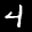
Label: 4